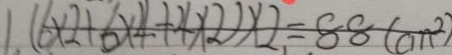
1 . ( 6 \times 2 + 6 \times 4 + 4 \times 2 ) \times 2 = 8 8 ( c m ^ { 2 } )